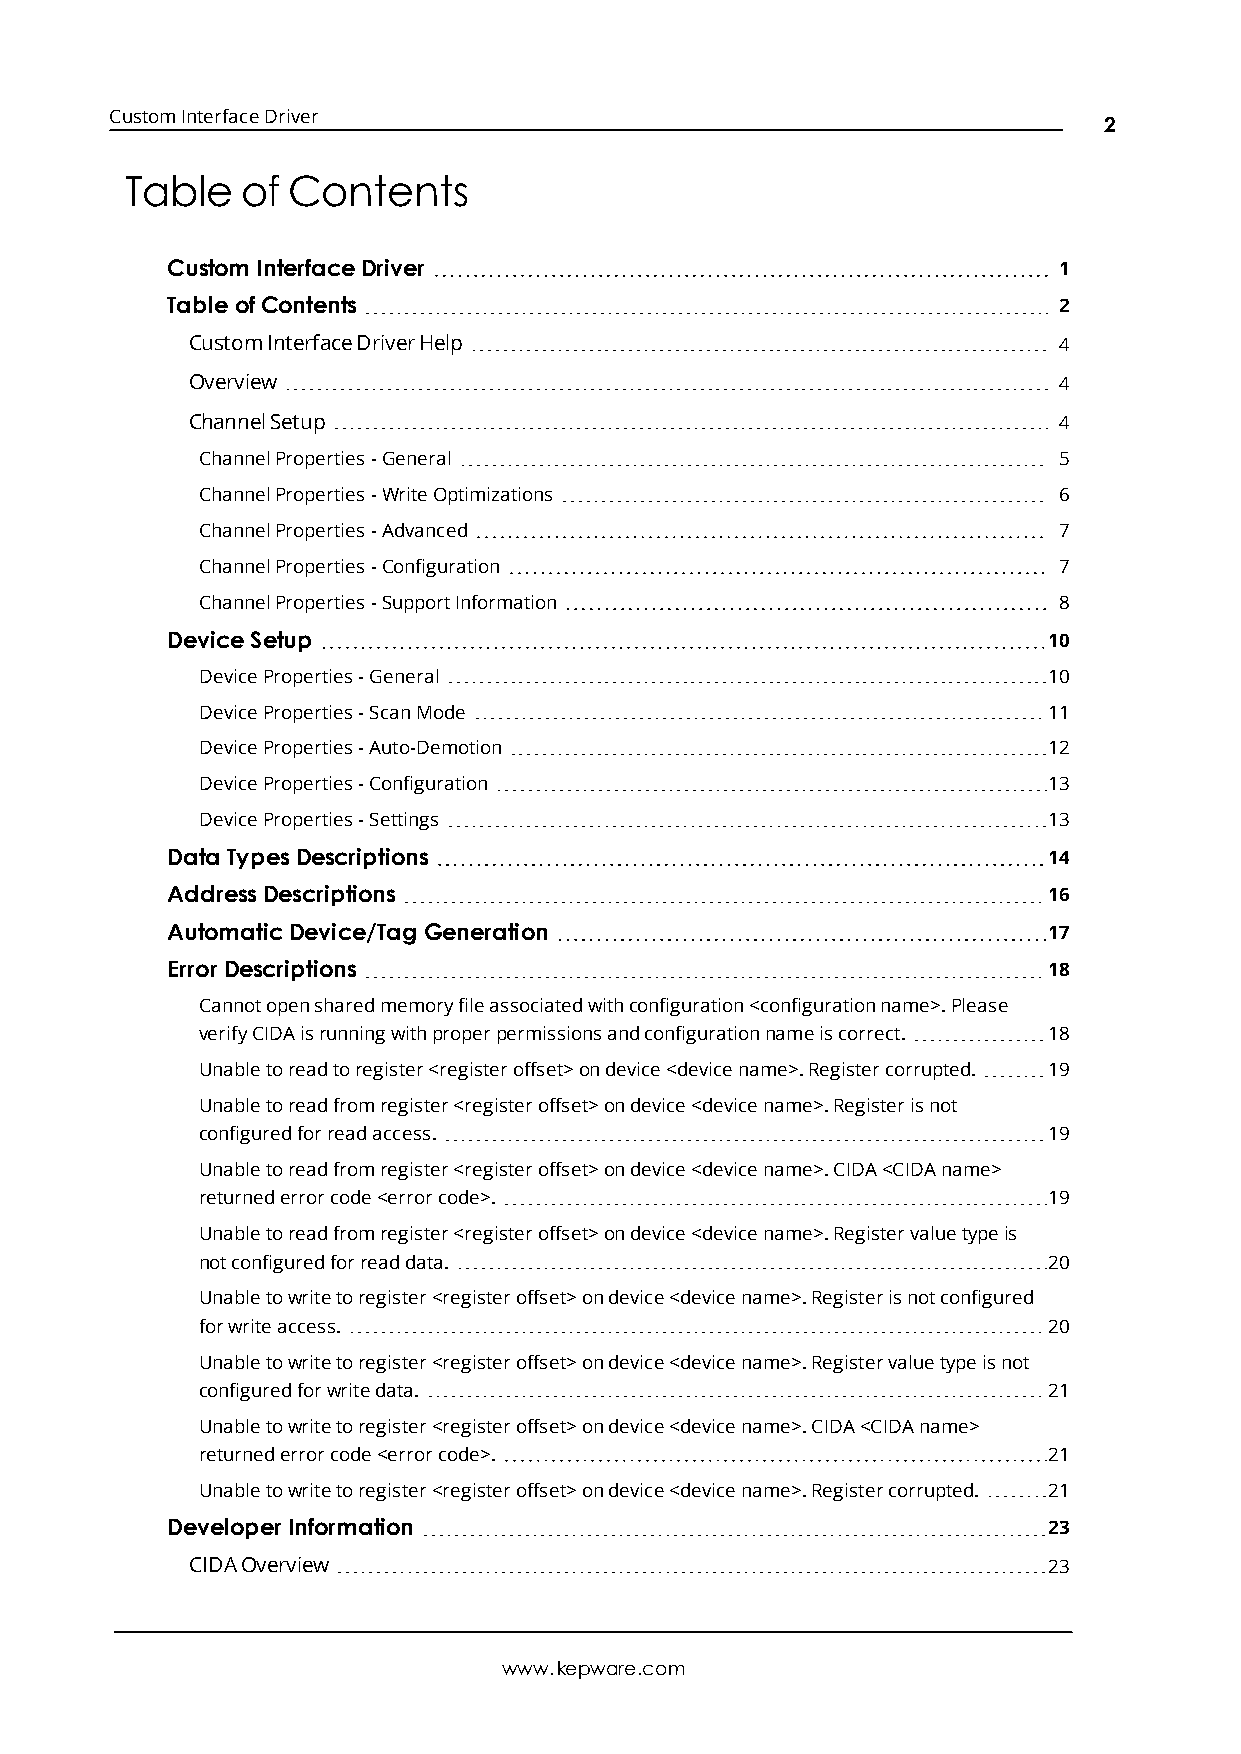
CustomInterfaceDriver
 2
 Table   of Contents
 Custom InterfaceDriver                                     1
 TableofContents                                            2
 CustomInterfaceDriverHelp                                4
 Overview                                                 4
 ChannelSetup                                             4
 ChannelProperties-General                                5
 ChannelProperties-WriteOptimizations                     6
 ChannelProperties-Advanced                               7
 ChannelProperties-Configuration                          7
 ChannelProperties-SupportInformation                     8
 DeviceSetup                                               10
 DeviceProperties-General                                10
 DeviceProperties-ScanMode                               11
 DeviceProperties-Auto-Demotion                          12
 DeviceProperties-Configuration                          13
 DeviceProperties-Settings                               13
 Data TypesDescriptions                                    14
 AddressDescriptions                                       16
 AutomaticDevice/Tag Generation                            17
 Error Descriptions                                        18
 Cannotopensharedmemoryfileassociatedwithconfiguration<configurationname>.Please
 verifyCIDAisrunningwithproperpermissionsandconfigurationnameiscorrect. 18
 Unabletoreadtoregister<registeroffset>ondevice<devicename>.Registercorrupted. 19
 Unabletoreadfromregister<registeroffset>ondevice<devicename>.Registerisnot
 configuredforreadaccess.                                19
 Unabletoreadfromregister<registeroffset>ondevice<devicename>.CIDA<CIDAname>
 returnederrorcode<errorcode>.                           19
 Unabletoreadfromregister<registeroffset>ondevice<devicename>.Registervaluetypeis
 notconfiguredforreaddata.                               20
 Unabletowritetoregister<registeroffset>ondevice<devicename>.Registerisnotconfigured
 forwriteaccess.                                         20
 Unabletowritetoregister<registeroffset>ondevice<devicename>.Registervaluetypeisnot
 configuredforwritedata.                                 21
 Unabletowritetoregister<registeroffset>ondevice<devicename>.CIDA<CIDAname>
 returnederrorcode<errorcode>.                           21
 Unabletowritetoregister<registeroffset>ondevice<devicename>.Registercorrupted. 21
 Developer Information                                     23
 CIDAOverview                                            23
 www.kepware.com